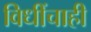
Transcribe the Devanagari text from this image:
विधींचाही